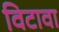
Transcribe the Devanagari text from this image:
विटावा